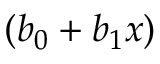
( b _ { 0 } + b _ { 1 } x )